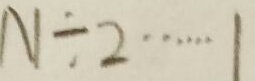
N \div 2 \cdots 1